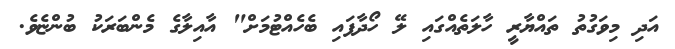
އަދި މިވަގުތު ތައްޔާރީ ހާލަތެއްގައި ލޭ ހޯދާފައި ބެހެއްޓުމަށް" އާއިލާގެ މެންބަރަކު ބުންޏެވެ.